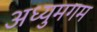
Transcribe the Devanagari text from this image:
अध्युमगम